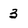
Character: 3